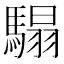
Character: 𩥑